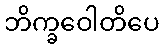
ဘိက္ခဝေါတိပေ